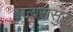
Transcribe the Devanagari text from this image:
ज्वरासुर